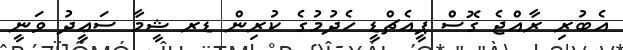
އެބުރި ރާއްޖެ ގޮސް ޕީއެޗްޑީ ހެދުމުގެ ކުރިން ޑރ ޝީމާ ސަޢީދު ވަނީ